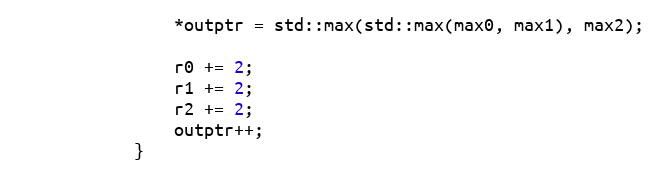
Language: C
                *outptr = std::max(std::max(max0, max1), max2);

                r0 += 2;
                r1 += 2;
                r2 += 2;
                outptr++;
            }